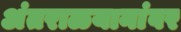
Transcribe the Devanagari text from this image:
अंतराळयानांवर